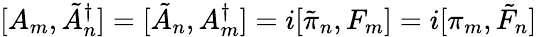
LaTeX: [A_{m},\tilde{A}_{n}^{\dagger}]=[\tilde{A}_{n},A_{m}^{\dagger}]=i[\tilde{\pi}_{n},F_{m}]=i[\pi_{m},\tilde{F}_{n}]